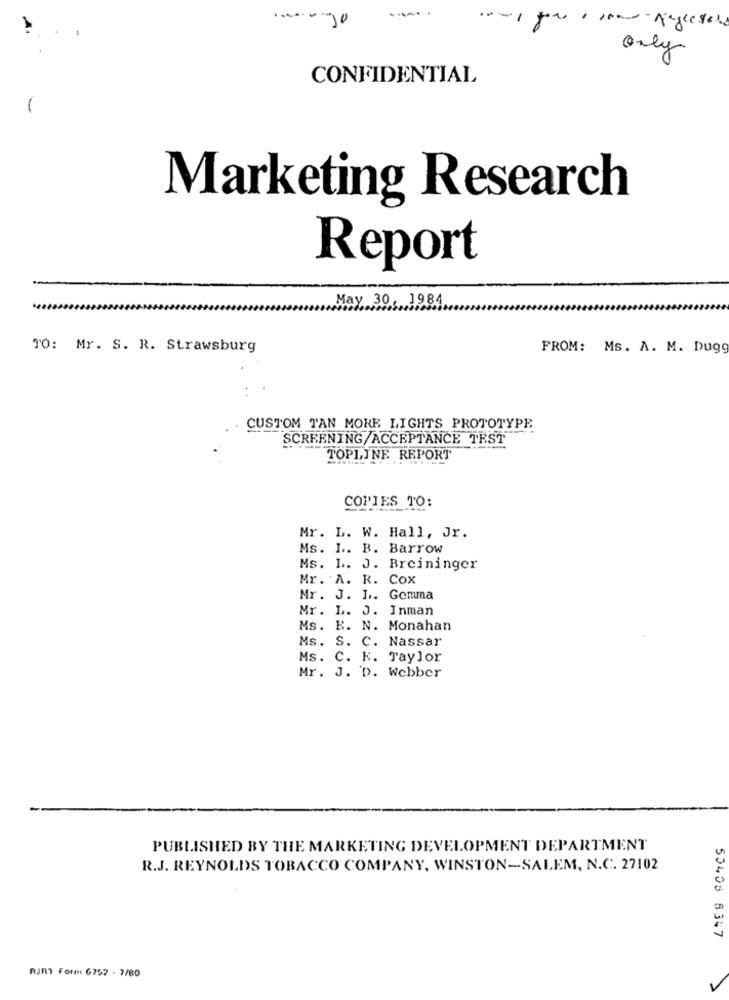
-.
Only
CONFIDENTIAL
Marketing Research
Report
May 30, 1984
TO: Mr. S. R. Strawsburg
FROM: Ms. A. M. Dugg
CUSTOM TAN MORE LIGHTS PROTOTYPE
SCREENING/ACCEPTANCE TEST
TOPLINE REPORT
COPIES TO:
Mr. L. W. Hall, Jr.
Ms. L. B. Barrow
Ms. L. J. Breininger
Mr. A. R. COX
Mr. J. J .. Gemma
Mr. L. J. Inman
Ms. K. N. Monahan
Ms. S. C. Nassar
Ms. C. K. Taylor
Mr. J. D. Webber
PUBLISHED BY THE MARKETING DEVELOPMENT DEPARTMENT
R.J. REYNOLDS TOBACCO COMPANY, WINSTON-SALEM, N.C. 27102
50403 8347
RJRT Form 6757 - 7/80